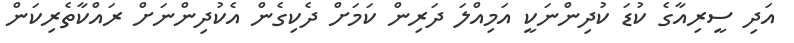
އަދި ސީރިއާގެ ކުޑަ ކުދިންނަކީ އަމިއްލަ ދަރިން ކަމަށް ދެކިގެން އެކުދިންނަށް ރައްކާތެރިކަން